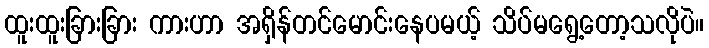
ထူးထူးခြားခြား ကားဟာ အရှိန်တင်မောင်းနေပမယ့် သိပ်မရွေ့တော့သလိုပဲ။